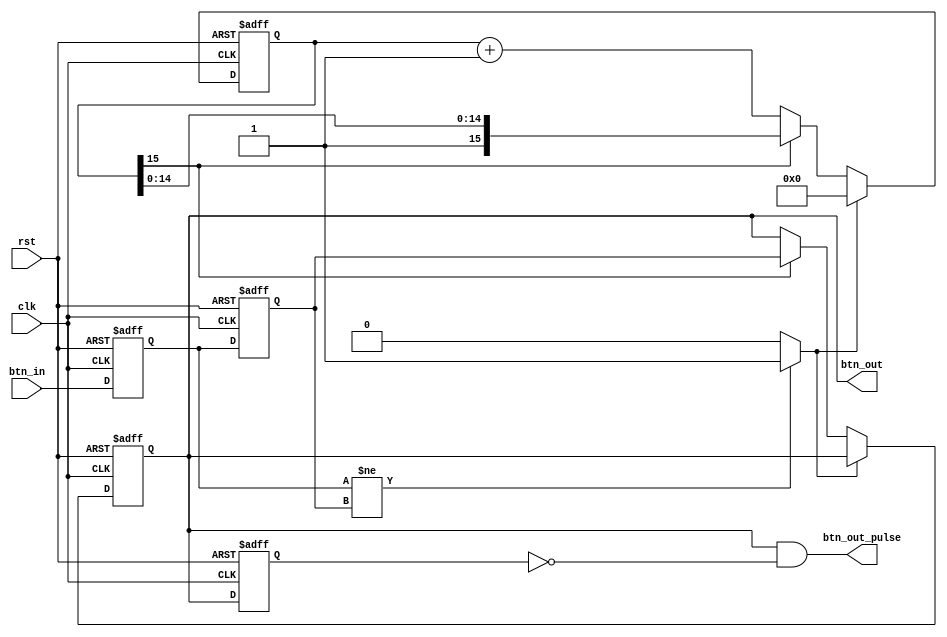
module debounce(clk, rst, btn_in, btn_out, btn_out_pulse); 
parameter SIZE = 16; //if pressed for 1/clk*2^(SIZE-1)sec, it can be debounced. 5.46ms for 6MHz
parameter BTN_WIDTH = 5; 
input clk, rst;
input [BTN_WIDTH-1:0] btn_in; 
output [BTN_WIDTH-1:0] btn_out, btn_out_pulse;
reg [BTN_WIDTH-1:0] btn_in_d [1:4]; //btn delayed
wire set; //sync reset to zero
reg [SIZE-1:0] o = {SIZE{1'b0}}; //counter is initialized to 0
always @(posedge clk or posedge rst)
begin
if (rst) begin
btn_in_d[1] <= 0;
btn_in_d[2] <= 0;
btn_in_d[3] <= 0;
o <= 0;
end 
else begin 
btn_in_d[1] <= btn_in;
btn_in_d[2] <= btn_in_d[1];
if (set == 1) o <= 0; //reset counter when input is changing
else if (o[SIZE-1] == 0) o<=o+1; //stable input time is not yet met
else btn_in_d[3] <= btn_in_d[2]; //stable input time is met, catch the btn and retain. 
end
end
assign btn_out = btn_in_d[3]; //debounced button stable out
assign set = (btn_in_d[1] != btn_in_d[2])? 1 : 0; //determine when to reset counter 
always @(posedge clk or posedge rst) begin
if (rst) btn_in_d[4] <= 0; 
else btn_in_d[4] <= btn_in_d[3]; 
end 
assign btn_out_pulse = btn_in_d[3] & (~btn_in_d[4]); //debounced button pulse out
endmodule